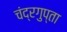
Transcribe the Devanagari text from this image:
चंद्रगुप्ता